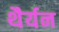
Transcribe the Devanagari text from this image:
थैर्यन